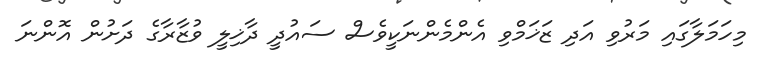
މިހަމަލާގައި މަރުވި އަދި ޒަޚަމްވި އެންމެންނަކީވެސް ސައުދީ ދާޚިލީ ވުޒާރާގެ ދަށުން އޮންނަ